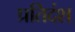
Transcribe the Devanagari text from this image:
प्रतिदंश